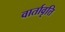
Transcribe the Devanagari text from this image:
वार्तावृत्ति